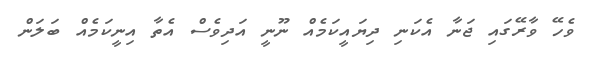
ވެހޭ ވާރޭގައި ޖަނާ އެކަނި ދިޔައީކަމެއް ނޫނީ އަދިވެސް އެތާ އިނީކަމެއް ބަލަން